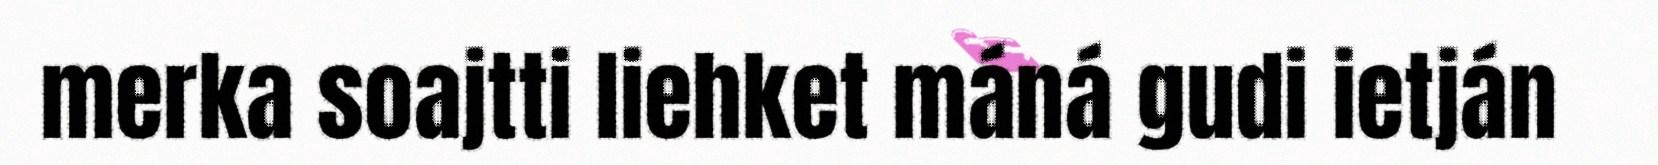
merka soajtti liehket máná gudi ietján